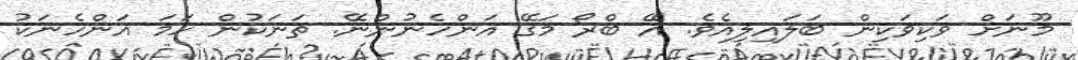
މޫނަށް ވަކިވަކިން ބަލައިލިއެވެ. އޭ ބްރޯ މަގޭ އަންހެނުންނޭ. ތަނަކުން ހަމަ އަންހެނަކު